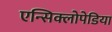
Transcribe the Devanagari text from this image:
एन्सिक्लोपेडिया